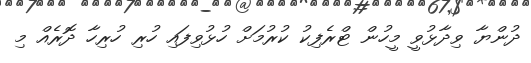
ދުންޔާ ވިދާޅުވީ މީހުން ޓްރެފިކު ކުރުމަށް ހުޅުވިފައި ހުރި ހުރިހާ ދޮރެއް މި